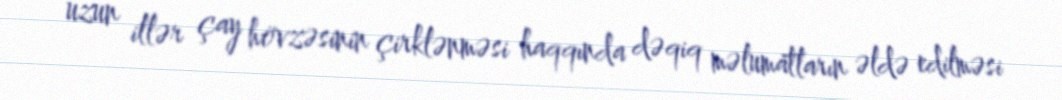
uzun illər çay hövzəsinin çirklənməsi haqqında dəqiq məlumatların əldə edilməsi